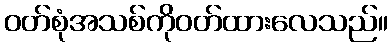
ဝတ်စုံအသစ်ကိုဝတ်ထားလေသည်။